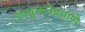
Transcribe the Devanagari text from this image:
उपयुक्ततेप्रमाणे